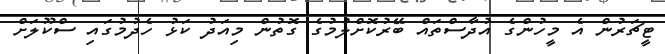
ޓީޗަރުން އެ މީހުންގެ އުދާސްތައް ބޭރުކޮށްލުމުގެ ގޮތުން މިއަދު ކަޅު ހެދުމުގައި ސްކޫލަށް